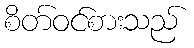
စိတ်ဝင်စားသည်